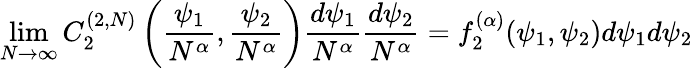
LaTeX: \operatorname*{lim}_{N\rightarrow\infty}C_{2}^{(2,N)}\left(\frac{\psi_{1}}{N^{\alpha}},\frac{\psi_{2}}{N^{\alpha}}\right)\frac{d\psi_{1}}{N^{\alpha}}\frac{d\psi_{2}}{N^{\alpha}}=f_{2}^{(\alpha)}(\psi_{1},\psi_{2})d\psi_{1}d\psi_{2}